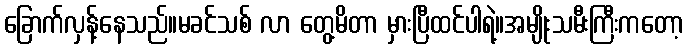
ခြောက်လှန့်နေသည်။မခင်သစ် လာ တွေ့မိတာ မှားပြီထင်ပါရဲ့။အမျိုးသမီးကြီးကတော့